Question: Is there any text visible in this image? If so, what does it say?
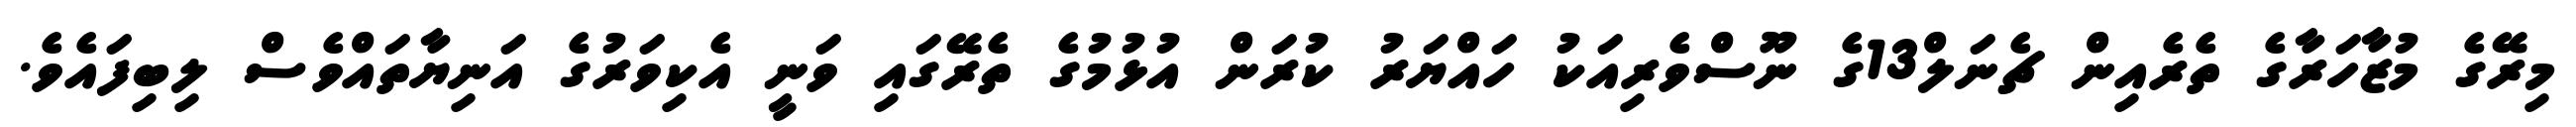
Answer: މިރޭގެ މުޒާހަރާގެ ތެރެއިން ޗެނަލް13ގެ ނޫސްވެރިއަކު ހައްޔަރު ކުރަން އުޅުމުގެ ތެރޭގައި ވަނީ އެކިވަރުގެ އަނިޔާތައްވެސް ލިބިފައެވެ.